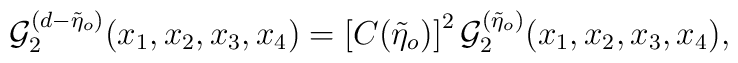
{\cal{G}}_{2}^{(d-\tilde{\eta}_{o})}(x_{1},x_{2},x_{3},x_{4})=\left[C(\tilde{\eta}_{o})\right]^{2}{\cal{G}}_{2}^{(\tilde{\eta}_{o})}(x_{1},x_{2},x_{3},x_{4}),